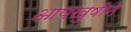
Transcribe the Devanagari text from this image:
आपखुषीने